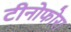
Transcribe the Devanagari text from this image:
टीनोफोरा